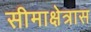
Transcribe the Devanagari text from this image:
सीमाक्षेत्रास